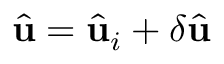
\widehat { \mathbf { u } } = \widehat { \mathbf { u } } _ { i } + \delta \widehat { \mathbf { u } }